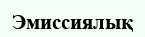
Эмиссиялық